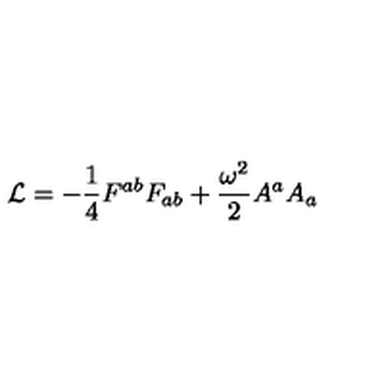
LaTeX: { \cal L } = - { \frac { 1 } { 4 } } { F ^ { a b } F _ { a b } } + { \frac { \omega ^ { 2 } } { 2 } } A ^ { a } A _ { a }